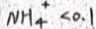
N H _ { 4 } ^ { + } < 0 . 1